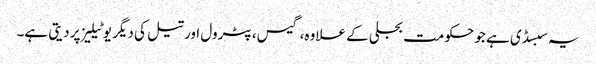
یہ سبسڈی ہے جو حکومت بجلی کے علاوہ، گیس، پٹرول اور تیل کی دیگر یوٹیلیز پر دیتی ہے۔